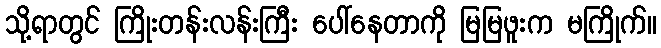
သို့ရာတွင် ကြိုးတန်းလန်းကြီး ပေါ်နေတာကို မြမြဖူးက မကြိုက်။